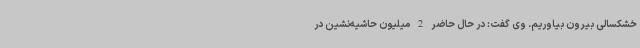
خشکسالی بیرون بیاوریم. وی گفت: در حال حاضر 2 میلیون حاشیه‌نشین در